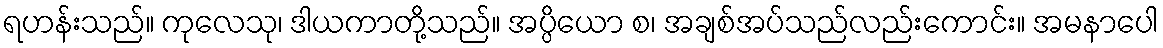
ရဟန်းသည်။ ကုလေသု၊ ဒါယကာတို့သည်။ အပ္ပိယော စ၊ အချစ်အပ်သည်လည်းကောင်း။ အမနာပေါ